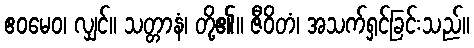
ဧဝမေဝ၊ လျှင်။ သတ္တာနံ၊ တို့၏။ ဇီဝိတံ၊ အသက်ရှင်ခြင်းသည်။